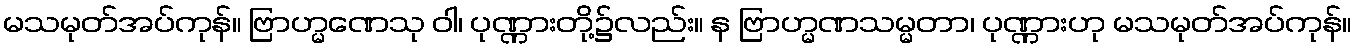
မသမုတ်အပ်ကုန်။ ဗြာဟ္မဏေသု ဝါ၊ ပုဏ္ဏားတို့၌လည်း။ န ဗြာဟ္မဏသမ္မတာ၊ ပုဏ္ဏားဟု မသမုတ်အပ်ကုန်။